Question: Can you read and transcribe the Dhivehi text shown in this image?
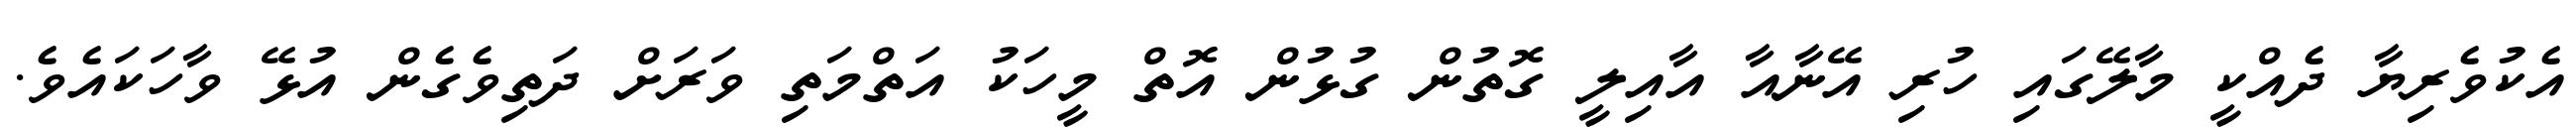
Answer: އެކުވެރިޔާ ދެއްކީ މާލޭގައި ހުރި އޭނާއާ އާއިލީ ގޮތުން ގުޅުން އޮތް މީހަކު އަތްމަތި ވަރަށް ދަތިވެގެން އުޅޭ ވާހަކައެވެ.